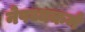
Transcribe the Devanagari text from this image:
नेपथ्यकर्म